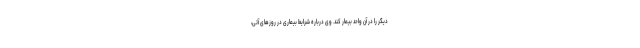
دیگر را در آن واحد بیمار کند. وی درباره شرایط بیماری در روزهای آتی،